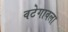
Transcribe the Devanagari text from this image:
वटेगावला